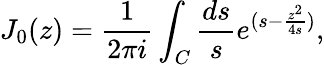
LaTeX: J_{0}(z)=\frac{1}{2\pi i}\int_{C}{\frac{ds}{s}}e^{(s-{\frac{z^{2}}{4s}})},